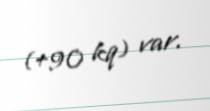
(+90 kq) var.